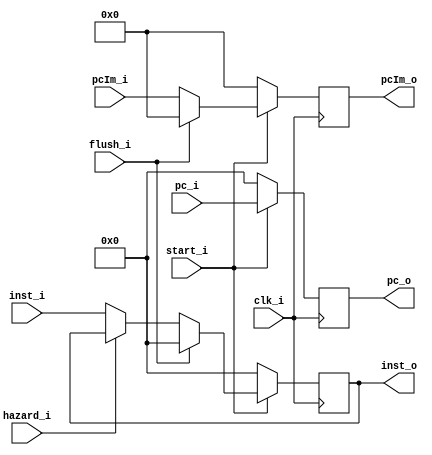
module IF_ID(
	clk_i,
	start_i,
	pc_i,
	inst_i,
	hazard_i,
	flush_i,
	pcIm_i,
	pcIm_o,
	pc_o,
	inst_o,
);

input	clk_i, hazard_i, flush_i, start_i;
input	[31:0]	inst_i, pc_i;
input 	[11:0]	pcIm_i;
output 	[11:0]	pcIm_o;
output	[31:0]	pc_o, inst_o;

reg [31:0]	pc_o, inst_o;
reg [11:0] 	pcIm_o;

always@(posedge clk_i) begin
	if(~start_i) begin
		pc_o <= 32'b0;
		inst_o <= 32'b0;
		pcIm_o <= 12'b0;
	end
	else if(flush_i) begin
		pc_o <= pc_i;
		inst_o <= 32'b0;
		pcIm_o <= 12'b0;
	end
	else if(hazard_i) begin
		pc_o <= pc_i;
		inst_o <= inst_o;
		pcIm_o <= pcIm_i;
	end
	else begin
		pc_o <= pc_i;
		inst_o <= inst_i;
		pcIm_o <= pcIm_i;
	end
end

endmodule